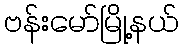
ဗန်းမော်မြို့နယ်